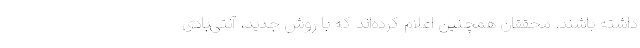
داشته باشند. محققان همچنین اعلام کرده‌اند که با روش جدید، آنتی‌بادی